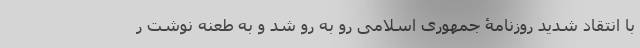
با انتقاد شدید روزنامۀ جمهوری اسلامی رو به رو شد و به طعنه نوشت ر